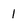
Character: l